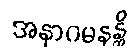
အနာဂမနန္တိ